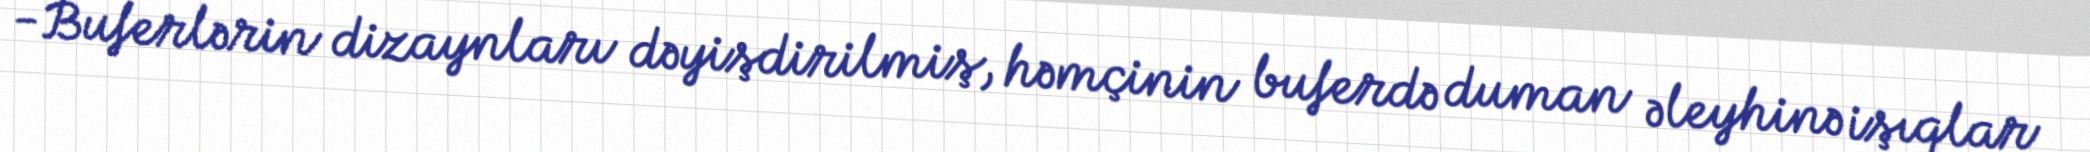
-Buferlərin dizaynları dəyişdirilmiş, həmçinin buferdə duman əleyhinə işıqlar